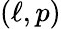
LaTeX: (\ell,p)